Punjab Mental Hospital Lahore 1922-31 - 1922-1931
Year: 1922
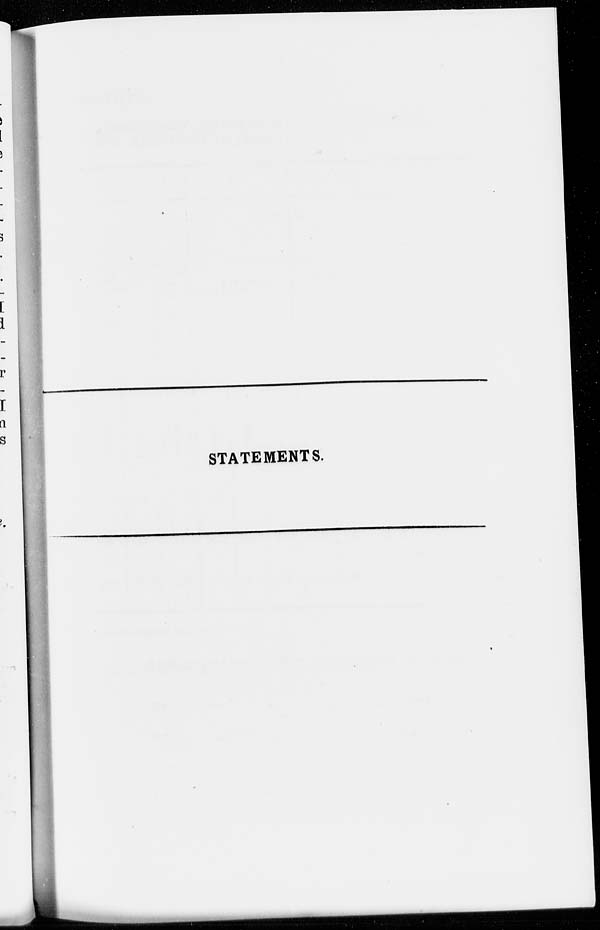
STATEMENTS.